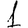
Digit: 1